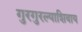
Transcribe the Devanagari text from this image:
गुरगुरल्याशिवाय